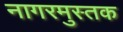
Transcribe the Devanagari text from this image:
नागरमुस्तक